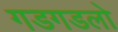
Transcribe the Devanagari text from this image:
गडगडलो